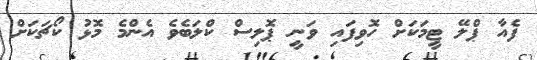
ފެއާ ޕްލޭ ޓީމަކަށް ހޮވިފައި ވަނީ ޕޮލިސް ކްލަބެވެ އެންމެ މޮޅު ކޯޗަކަށް